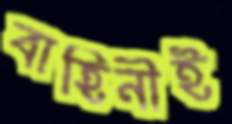
বাহিনীই